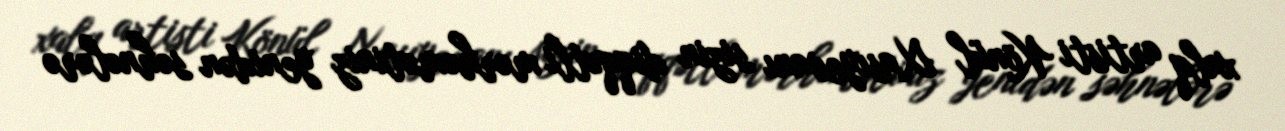
xalq artisti Könül Xasıyevanı sizin diqqətli mərhəmətiniz yenidən səhnələrə